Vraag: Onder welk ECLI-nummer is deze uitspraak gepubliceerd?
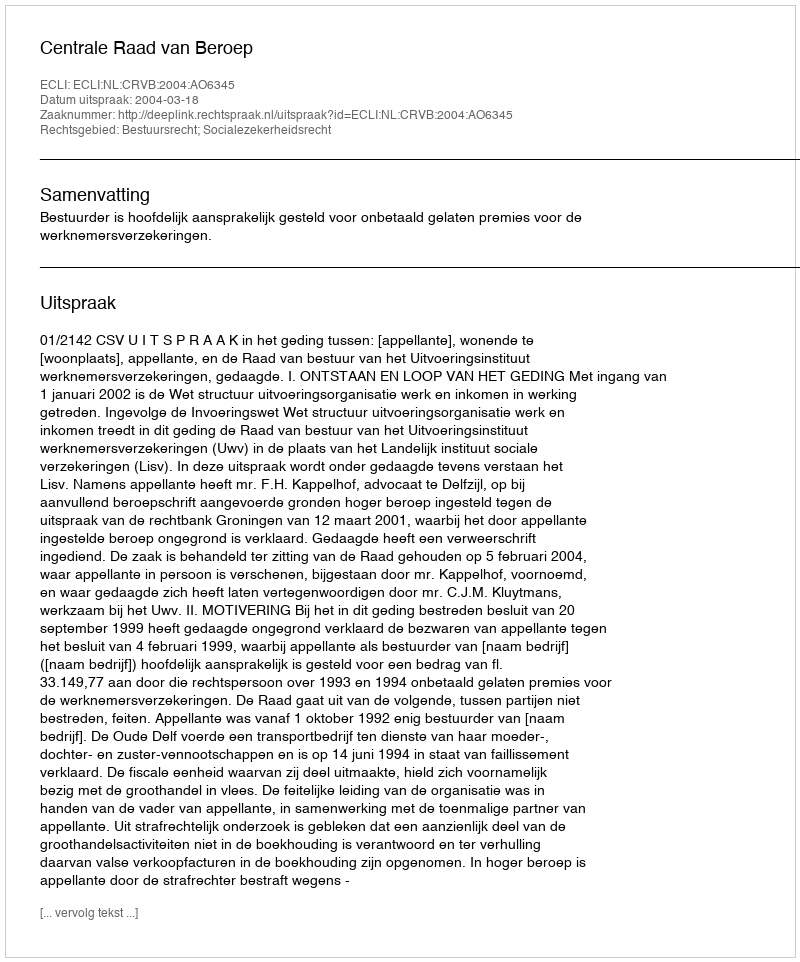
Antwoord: ECLI:NL:CRVB:2004:AO6345